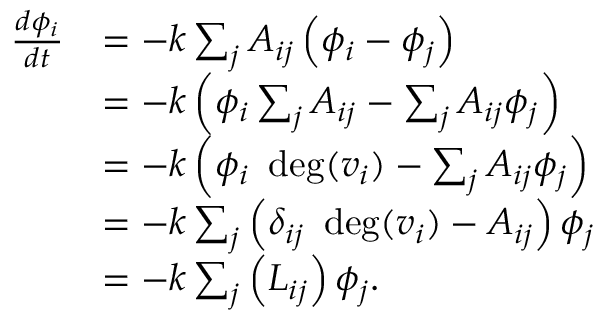
{ \begin{array} { r l } { { \frac { d \phi _ { i } } { d t } } } & { = - k \sum _ { j } A _ { i j } \left( \phi _ { i } - \phi _ { j } \right) } \\ & { = - k \left( \phi _ { i } \sum _ { j } A _ { i j } - \sum _ { j } A _ { i j } \phi _ { j } \right) } \\ & { = - k \left( \phi _ { i } \ \deg ( v _ { i } ) - \sum _ { j } A _ { i j } \phi _ { j } \right) } \\ & { = - k \sum _ { j } \left( \delta _ { i j } \ \deg ( v _ { i } ) - A _ { i j } \right) \phi _ { j } } \\ & { = - k \sum _ { j } \left( L _ { i j } \right) \phi _ { j } . } \end{array} }